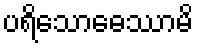
ပရိသောဓေဿာမိ